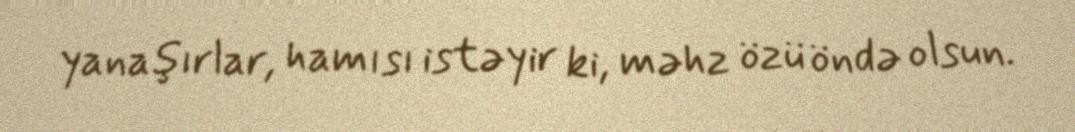
yanaşırlar, hamısı istəyir ki, məhz özü öndə olsun.